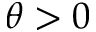
\theta > 0